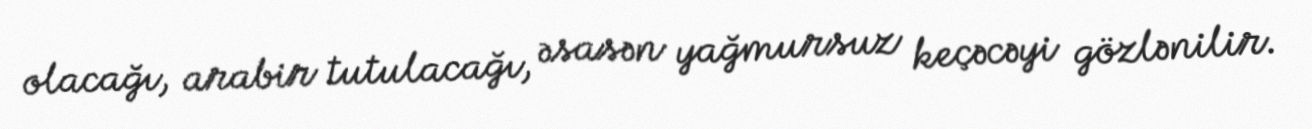
olacağı, arabir tutulacağı, əsasən yağmursuz keçəcəyi gözlənilir.